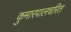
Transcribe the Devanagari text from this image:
कुमारपालचरित